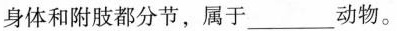
身体和附肢都分节，属于___动物。